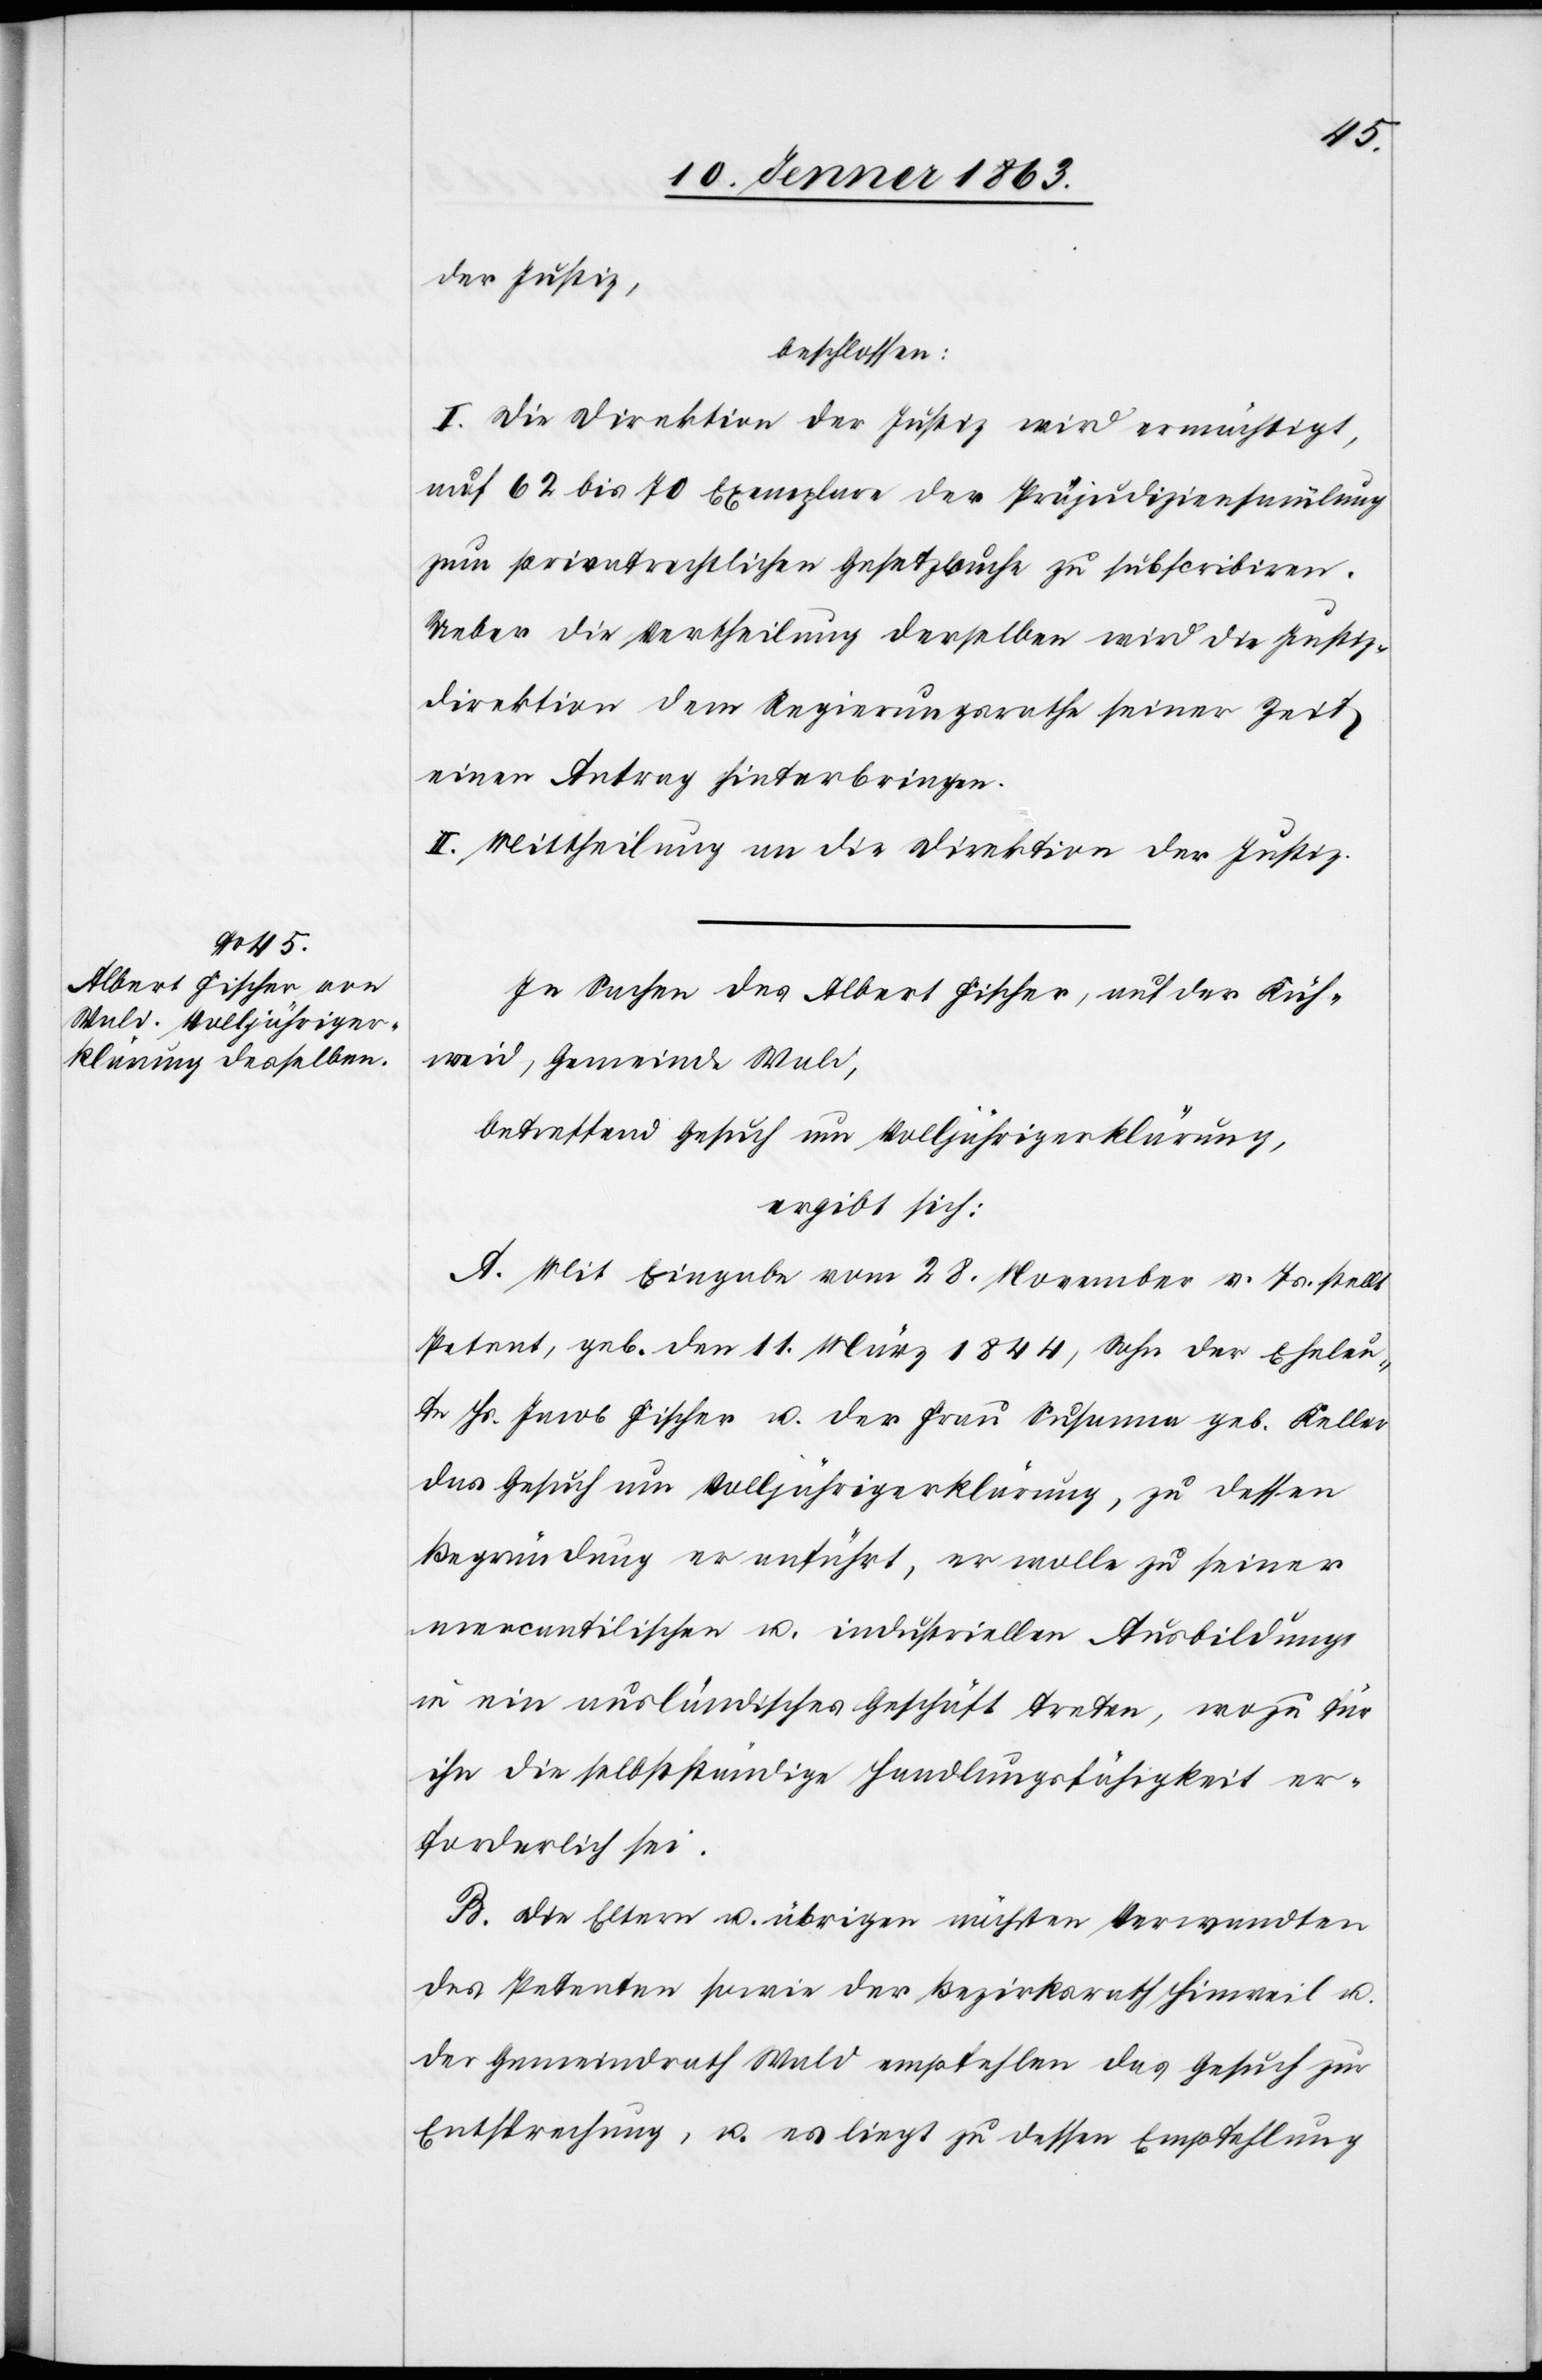
der Justiz,
beschlossen:
I. Die Direktion der Justiz wird ermächtigt,
auf 62 bis 70 Exemplare der Präjudiziensammlung
zum privatrechtlichen Gesetzbuche zu subscribiren.
Ueber die Vertheilung derselben wird die Justiz¬
direktion dem Regierungsrathe seiner Zeit
einen Antrag hinterbringen.
II. Mittheilung an die Direktion der Justiz.
In Sachen des Albert Fischer, auf der Küh¬
weid, Gemeinde Wald,
betreffend Gesuch um Volljährigerklärung,
ergibt sich:
A. Mit Eingabe vom 28. November v. Js. stellt
Petent, geb. den 11. März 1844, Sohn der Eheleu¬
te Hs. Jacob Fischer u. der Frau Susanna geb. Keller
das Gesuch um Volljährigerklärung, zu dessen
Begründung er anführt, er wolle zu seiner
mercantilischen u. industriellen Ausbildung
in ein ausländisches Geschäft treten, wozu für
ihn die selbstständige Handlungsfähigkeit er¬
forderlich sei.
B. Die Eltern u. übrigen nächsten Verwandten
des Petenten sowie der Bezirksrath Hinweil u.
der Gemeindrath Wald empfehlen das Gesuch zur
Entsprechung, u. es liegt zu dessen Empfehlung